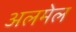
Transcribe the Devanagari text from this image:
अलमेल